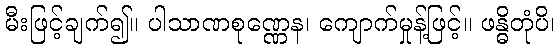
မီးဖြင့်ချက်၍။ ပါသာဏစုဏ္ဏေန၊ ကျောက်မှုန့်ဖြင့်။ ဖန္ဓိတုံပိ၊